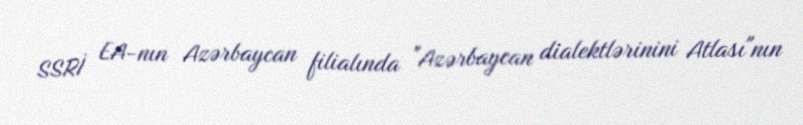
SSRİ EA-nın Azərbaycan filialında "Azərbaycan dialektlərinini Atlası"nın